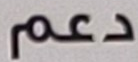
دعم